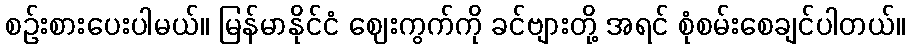
စဉ်းစားပေးပါမယ်။ မြန်မာနိုင်ငံ ဈေးကွက်ကို ခင်ဗျားတို့ အရင် စုံစမ်းစေချင်ပါတယ်။